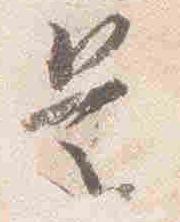
是